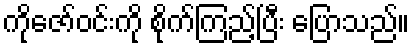
ကိုဇော်ဝင်းကို စိုက်ကြည့်ပြီး ပြောသည်။